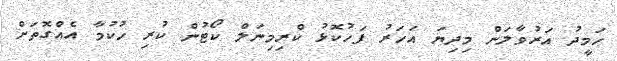
ހަމީދު އަރުވާލަން މިދިޔަ އަހަރު ފަހުކޮޅު ކްރިމިނަލް ކޯޓުން ކުރި ހުކުމާ އެއްގޮތަށް